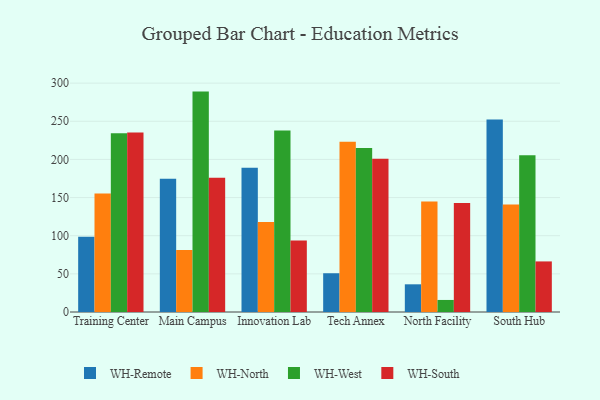
{"axis": {"x": "Campus", "y": "Budget (USD K)"}, "legend": ["WH-North", "WH-Remote", "WH-South", "WH-West"], "data": [{"x": "Training Center", "y": 98.8, "type": "WH-Remote"}, {"x": "Training Center", "y": 155.2, "type": "WH-North"}, {"x": "Training Center", "y": 234.2, "type": "WH-West"}, {"x": "Training Center", "y": 235.3, "type": "WH-South"}, {"x": "Main Campus", "y": 174.8, "type": "WH-Remote"}, {"x": "Main Campus", "y": 81.2, "type": "WH-North"}, {"x": "Main Campus", "y": 288.9, "type": "WH-West"}, {"x": "Main Campus", "y": 176.1, "type": "WH-South"}, {"x": "Innovation Lab", "y": 189.2, "type": "WH-Remote"}, {"x": "Innovation Lab", "y": 118.1, "type": "WH-North"}, {"x": "Innovation Lab", "y": 238.0, "type": "WH-West"}, {"x": "Innovation Lab", "y": 93.8, "type": "WH-South"}, {"x": "Tech Annex", "y": 50.8, "type": "WH-Remote"}, {"x": "Tech Annex", "y": 223.1, "type": "WH-North"}, {"x": "Tech Annex", "y": 214.9, "type": "WH-West"}, {"x": "Tech Annex", "y": 200.8, "type": "WH-South"}, {"x": "North Facility", "y": 36.3, "type": "WH-Remote"}, {"x": "North Facility", "y": 144.8, "type": "WH-North"}, {"x": "North Facility", "y": 15.8, "type": "WH-West"}, {"x": "North Facility", "y": 143.0, "type": "WH-South"}, {"x": "South Hub", "y": 252.3, "type": "WH-Remote"}, {"x": "South Hub", "y": 140.8, "type": "WH-North"}, {"x": "South Hub", "y": 205.4, "type": "WH-West"}, {"x": "South Hub", "y": 66.3, "type": "WH-South"}]}